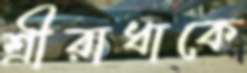
শ্রীরাধাকে